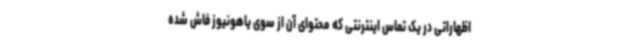
اظهاراتی در یک تماس اینترنتی که محتوای آن از سوی یاهونیوز فاش شده